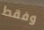
وفقط